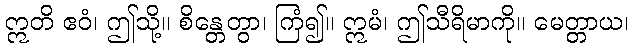
ဣတိ ဧဝံ၊ ဤသို့။ စိန္တေတွာ၊ ကြံ၍။ ဣမံ၊ ဤသီရိမာကို။ မေတ္တာယ၊